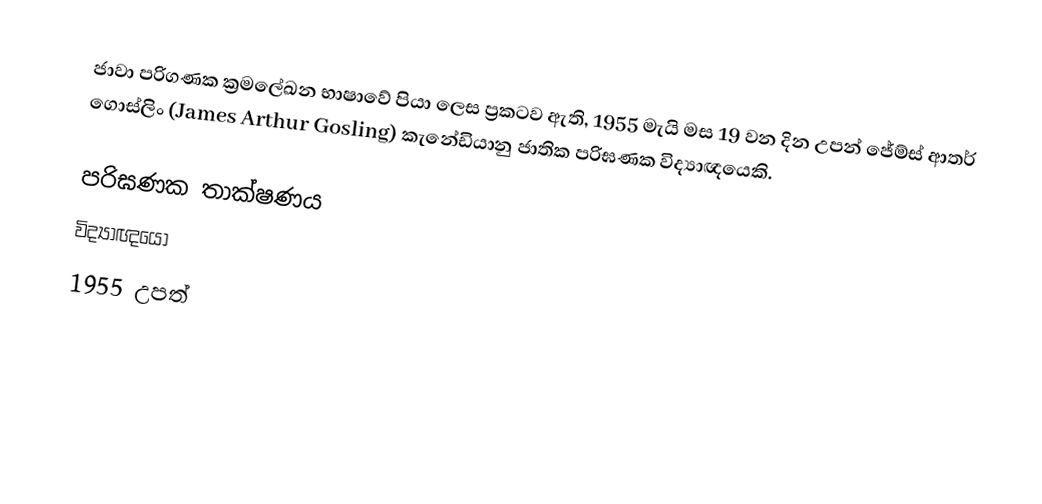
ජාවා පරිගණක ක්‍රමලේඛන භාෂාවේ පියා ලෙස ප්‍රකටව ඇති, 1955 මැයි මස 19 වන දින උපන් ජේම්ස් ආතර් ගොස්ලිං (James Arthur Gosling) කැනේඩියානු ජාතික පරිඝණක විද්‍යාඥයෙකි.

පරිඝණක තාක්ෂණය
විද්‍යාඥයෝ
1955 උපත්